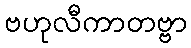
ဗဟုလီကာတဗ္ဗာ